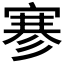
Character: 𰍐